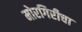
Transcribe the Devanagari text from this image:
मोरगिरीचा